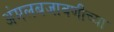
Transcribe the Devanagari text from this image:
अंमलबजावणीच्या